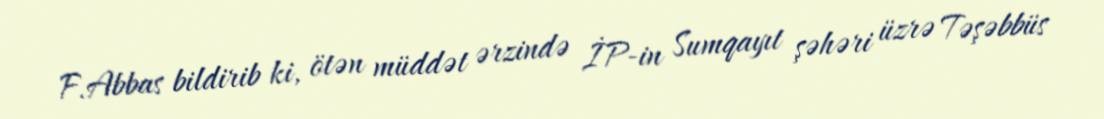
F.Abbas bildirib ki, ötən müddət ərzində İP-in Sumqayıt şəhəri üzrə Təşəbbüs